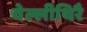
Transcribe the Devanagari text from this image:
वेल्लीथिरै